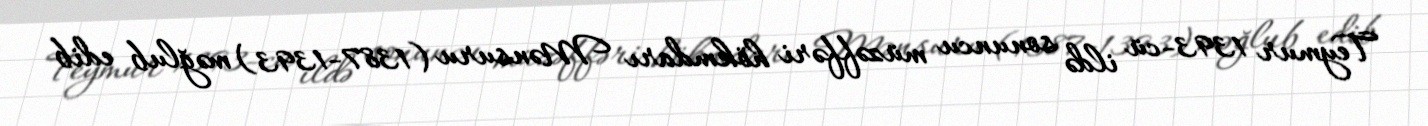
Teymur 1393-cü ildə sonuncu müzəffəri hökmdarı Mənsuru (1387-1393) məğlub edib